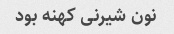
نون شیرنی کهنه بود